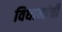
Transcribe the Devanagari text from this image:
विधानांची